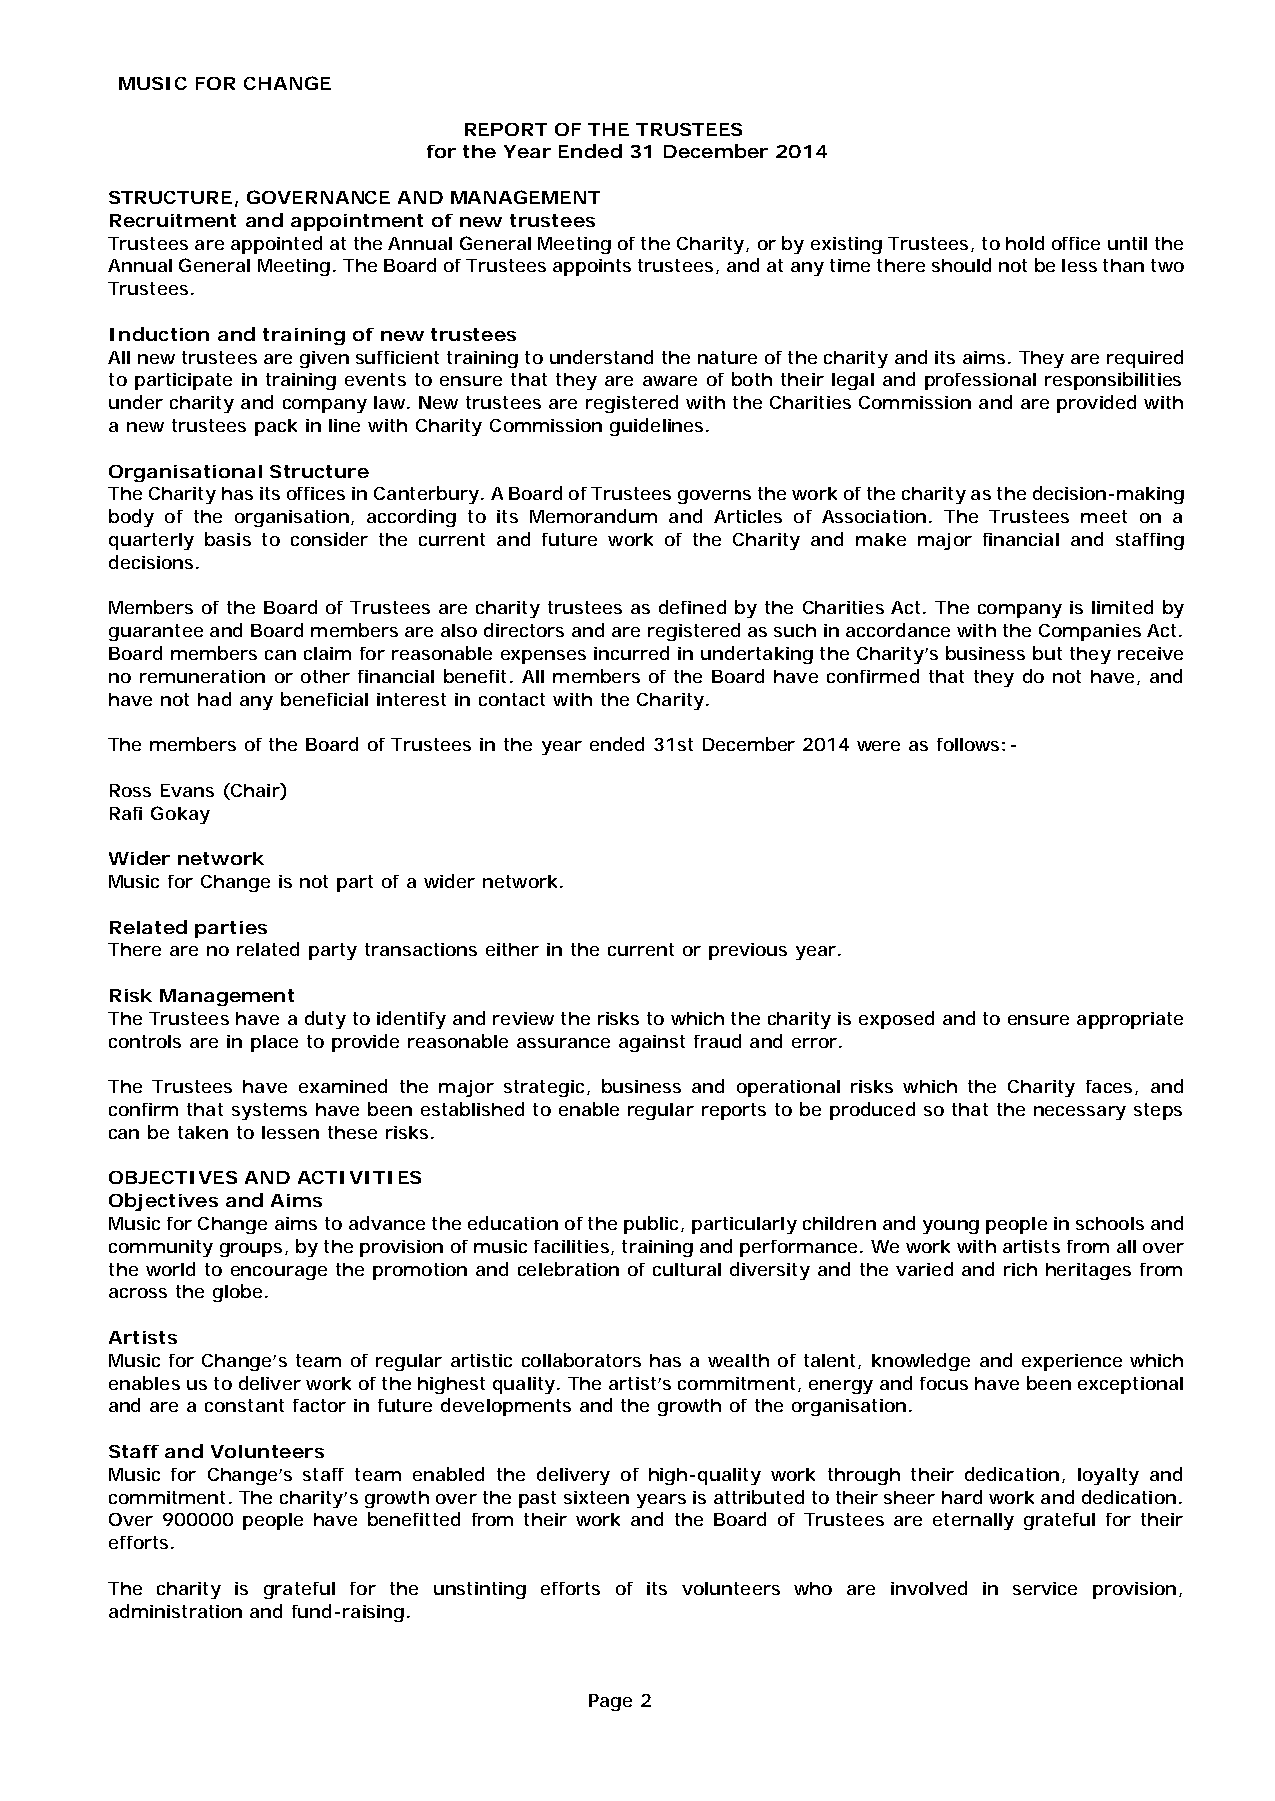
MUSIC FOR CHANGE
 REPORT OF THE TRUSTEES
 for the Year Ended 31 December 2014
 STRUCTURE, GOVERNANCE AND MANAGEMENT
 Recruitment and appointment of new trustees
 Trustees are appointed at the Annual General Meeting of the Charity, or by existing Trustees, to hold office until the
 Annual General Meeting. The Board of Trustees appoints trustees, and at any time there should not be less than two
 Trustees.
 Induction and training of new trustees
 All new trustees are given sufficient training to understand the nature of the charity and its aims. They are required
 to participate in training events to ensure that they are aware of both their legal and professional responsibilities
 under charity and company law. New trustees are registered with the Charities Commission and are provided with
 a new trustees pack in line with Charity Commission guidelines.
 Organisational Structure
 The Charity has its offices in Canterbury. A Board of Trustees governs the work of the charity as the decision-making
 body of the organisation, according to its Memorandum and Articles of Association. The Trustees meet on a
 quarterly basis to consider the current and future work of the Charity and make major financial and staffing
 decisions.
 Members of the Board of Trustees are charity trustees as defined by the Charities Act. The company is limited by
 guarantee and Board members are also directors and are registered as such in accordance with the Companies Act.
 Board members can claim for reasonable expenses incurred in undertaking the Charity’s business but they receive
 no remuneration or other financial benefit. All members of the Board have confirmed that they do not have, and
 have not had any beneficial interest in contact with the Charity.
 The members of the Board of Trustees in the year ended 31st December 2014 were as follows:-
 Ross Evans (Chair)
 Rafi Gokay
 Wider network
 Music for Change is not part of a wider network.
 Related parties
 There are no related party transactions either in the current or previous year.
 Risk Management
 The Trustees have a duty to identify and review the risks to which the charity is exposed and to ensure appropriate
 controls are in place to provide reasonable assurance against fraud and error.
 The Trustees have examined the major strategic, business and operational risks which the Charity faces, and
 confirm that systems have been established to enable regular reports to be produced so that the necessary steps
 can be taken to lessen these risks.
 OBJECTIVES AND ACTIVITIES
 Objectives and Aims
 Music for Change aims to advance the education of the public, particularly children and young people in schools and
 community groups, by the provision of music facilities, training and performance. We work with artists from all over
 the world to encourage the promotion and celebration of cultural diversity and the varied and rich heritages from
 across the globe.
 Artists
 Music for Change’s team of regular artistic collaborators has a wealth of talent, knowledge and experience which
 enables us to deliver work of the highest quality. The artist’s commitment, energy and focus have been exceptional
 and are a constant factor in future developments and the growth of the organisation.
 Staff and Volunteers
 Music for Change’s staff team enabled the delivery of high-quality work through their dedication, loyalty and
 commitment. The charity’s growth over the past sixteen years is attributed to their sheer hard work and dedication.
 Over 900000 people have benefitted from their work and the Board of Trustees are eternally grateful for their
 efforts.
 The charity is grateful for the unstinting efforts of its volunteers who are involved in service provision,
 administration and fund-raising.
 Page 2